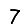
Digit: 7